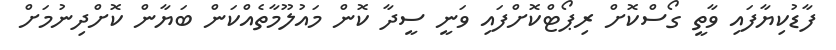
ފާޑުކިޔާފައި ވާތީ ގޯސްކޮށް ރިޕޯޓްކޮށްފައި ވަނީ ސީދާ ކޮން މައުލޫމާތެއްކަން ބަޔާން ކޮށްދިނުމަށް